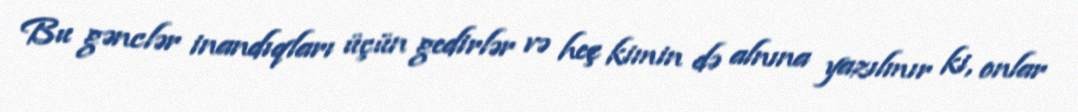
Bu gənclər inandıqları üçün gedirlər və heç kimin də alnına yazılmır ki, onlar